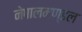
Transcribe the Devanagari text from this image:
नेपालमण्डल